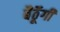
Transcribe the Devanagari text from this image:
बैठॅूगी